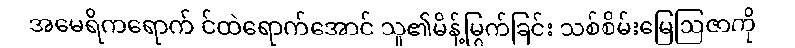
အမေရိကရောက် င်ထဲရောက်အောင် သူ၏မိန့်မြွက်ခြင်း သစ်စိမ်းမြေဩဇာကို